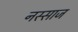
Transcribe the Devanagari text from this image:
नस्साज